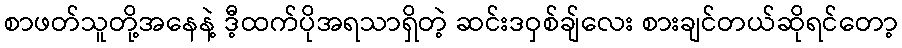
စာဖတ်သူတို့အနေနဲ့ ဒီ့ထက်ပိုအရသာရှိတဲ့ ဆင်းဒဝှစ်ချ်လေး စားချင်တယ်ဆိုရင်တော့